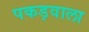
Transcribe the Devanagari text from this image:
पकड़वाला